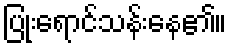
ပြုံးရောင်သန်းနေ၏။